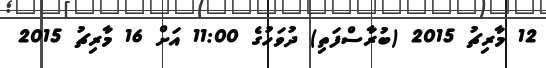
12 މާރިޗު 2015 (ބުރާސްފަތި) ދުވަހުގެ 11:00 އަށް 16 މާރިޗު 2015